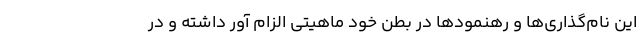
این نام‌گذاری‌ها و رهنمودها در بطن خود ماهیتی الزام آور داشته و در